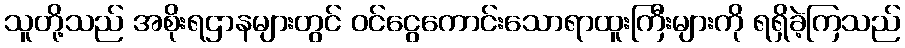
သူတို့သည် အစိုးရဌာနများတွင် ဝင်ငွေကောင်းသောရာထူးကြီးများကို ရရှိခဲ့ကြသည်